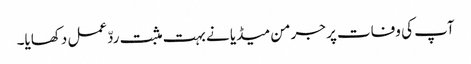
آپ کی وفات پر جرمن میڈیا نے بہت مثبت ردّعمل دکھایا۔